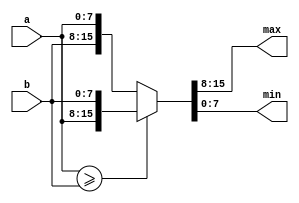

module max_min # (
    parameter width = 8
) (
    input  [width-1:0] a,
    input  [width-1:0] b,

    output [width-1:0] max,
    output [width-1:0] min
);

    wire big = a >= b;
    assign {max, min} = big ? {a, b} : {b, a};
    
endmodule